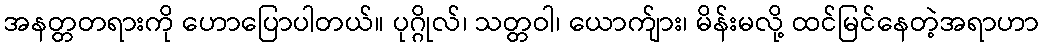
အနတ္တတရားကို ဟောပြောပါတယ်။ ပုဂ္ဂိုလ်၊ သတ္တဝါ၊ ယောက်ျား၊ မိန်းမလို့ ထင်မြင်နေတဲ့အရာဟာ